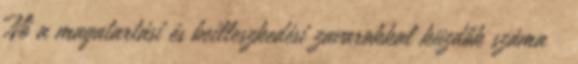
Nő a magatartási és beilleszkedési zavarokkal küzdők száma 